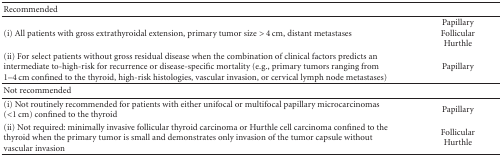
<table><thead><tr><td><b>Recommended</b></td><td><b> </b></td></tr></thead><tbody><tr><td>(i) All patients with gross extrathyroidal extension, primary tumor size &gt; 4 cm, distant metastases</td><td>PapillaryFollicular Hurthle</td></tr><tr><td>(ii) For select patients without gross residual disease when the combination of clinical factors predicts an intermediate to-high-risk for recurrence or disease-specific mortality (e.g., primary tumors ranging from 1–4 cm confined to the thyroid, high-risk histologies, vascular invasion, or cervical lymph node metastases)</td><td>Papillary </td></tr><tr><td>Not recommended</td><td> </td></tr><tr><td>(i) Not routinely recommended for patients with either unifocal or multifocal papillary microcarcinomas (&lt;1 cm) confined to the thyroid</td><td>Papillary </td></tr><tr><td>(ii) Not required: minimally invasive follicular thyroid carcinoma or Hurthle cell carcinoma confined to the thyroid when the primary tumor is small and demonstrates only invasion of the tumor capsule without vascular invasion</td><td>FollicularHurthle</td></tr></tbody></table>